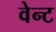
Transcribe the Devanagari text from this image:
वेन्ट